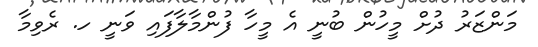
މަންޒަރު ދުށް މީހުން ބުނީ އެ މީހާ ފުންމާލާފައި ވަނީ ހ. ރެވިމާ